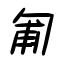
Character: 匍